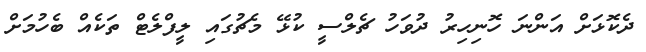
ދެކޮޅަށް އަންނަ ހޮނިހިރު ދުވަހު ޗެލްސީ ކުޅޭ މެޗުގައި ލީފްލެޓް ތަކެއް ބެހުމަށް